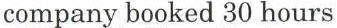
company booked 30 hours